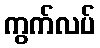
ကွက်လပ်